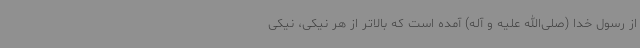
از رسول خدا (صلی‌الله علیه و آله) آمده است که بالاتر از هر نیکی، نیکی